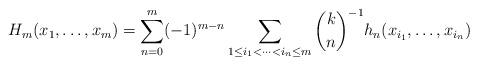
LaTeX: \begin{align*}H_{m} (x_{1},\dots ,x_{m})=\sum_{n=0}^{m}(-1)^{m-n} \sum_{1\leq i_{1}<\dots <i_{n}\leq m }{\binom k n}^{-1}h_{n}(x_{i_{1}},\dots ,x_{i_{n}})\end{align*}